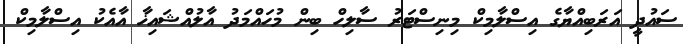
ސައުދީ އަރަބިއްޔާގެ އިސްލާމިކް މިނިސްޓަރު ސާލިހް ބިން މުހައްމަދު އާލުއްޝައިޚާ އާއެކު އިސްލާމިކް